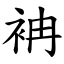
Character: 袡